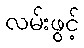
လမ်းဖွင့်